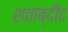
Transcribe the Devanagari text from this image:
शताब्दीद